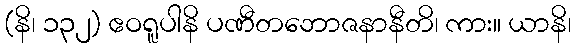
(နိ၊ ၁၃၂) ဧဝရူပါနိ ပဏီတဘောဇနာနီတိ၊ ကား။ ယာနိ၊